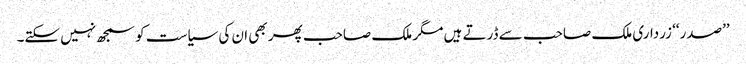
’’صدر‘‘ زرداری ملک صاحب سے ڈرتے ہیں مگر ملک صاحب پھر بھی ان کی سیاست کو سمجھ نہیں سکتے۔